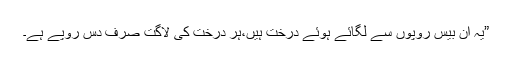
”یہ ان بیس روپوں سے لگائے ہوئے درخت ہیں،ہر درخت کی لاگت صرف دس روپے ہے۔